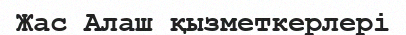
Жас Алаш қызметкерлері